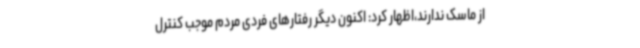
از ماسک ندارند،اظهار کرد: اکنون دیگر رفتارهای فردی مردم موجب کنترل